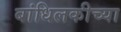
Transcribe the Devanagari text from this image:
बांधिलकीच्या